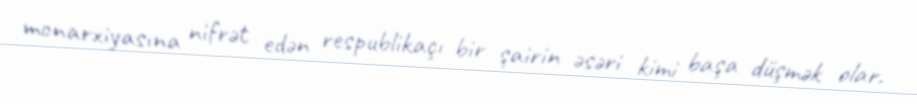
monarxiyasına nifrət edən respublikaçı bir şairin əsəri kimi başa düşmək olar.